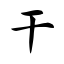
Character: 干